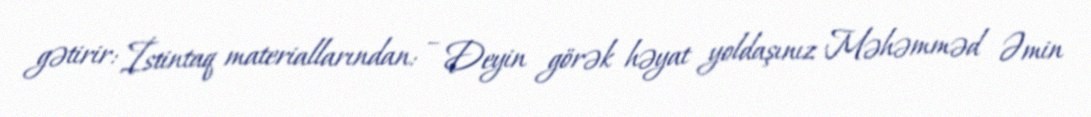
gətirir: İstintaq materiallarından: – Deyin görək həyat yoldaşınız Məhəmməd Əmin